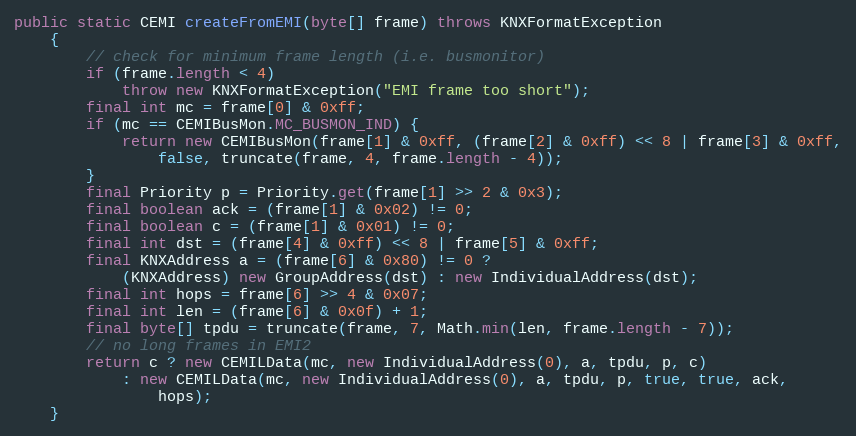
Language: Java
public static CEMI createFromEMI(byte[] frame) throws KNXFormatException
	{
		// check for minimum frame length (i.e. busmonitor)
		if (frame.length < 4)
			throw new KNXFormatException("EMI frame too short");
		final int mc = frame[0] & 0xff;
		if (mc == CEMIBusMon.MC_BUSMON_IND) {
			return new CEMIBusMon(frame[1] & 0xff, (frame[2] & 0xff) << 8 | frame[3] & 0xff,
				false, truncate(frame, 4, frame.length - 4));
		}
		final Priority p = Priority.get(frame[1] >> 2 & 0x3);
		final boolean ack = (frame[1] & 0x02) != 0;
		final boolean c = (frame[1] & 0x01) != 0;
		final int dst = (frame[4] & 0xff) << 8 | frame[5] & 0xff;
		final KNXAddress a = (frame[6] & 0x80) != 0 ?
			(KNXAddress) new GroupAddress(dst) : new IndividualAddress(dst);
		final int hops = frame[6] >> 4 & 0x07;
		final int len = (frame[6] & 0x0f) + 1;
		final byte[] tpdu = truncate(frame, 7, Math.min(len, frame.length - 7));
		// no long frames in EMI2
		return c ? new CEMILData(mc, new IndividualAddress(0), a, tpdu, p, c)
			: new CEMILData(mc, new IndividualAddress(0), a, tpdu, p, true, true, ack,
				hops);
	}